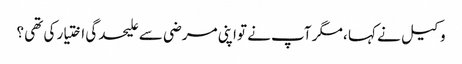
وکیل نے کہا ، مگر آپ نے تواپنی مرضی سے علیحدگی اختیار کی تھی ؟